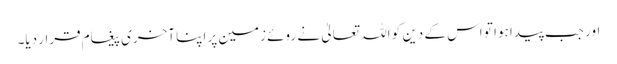
اور جب پیدا ہوا تو اس کے دین کو اللہ تعالیٰ نے روئے زمین پر اپنا آخری پیغام قرار دیا۔